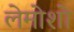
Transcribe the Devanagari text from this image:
लेमोशो